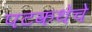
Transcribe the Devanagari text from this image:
पटकथेचे